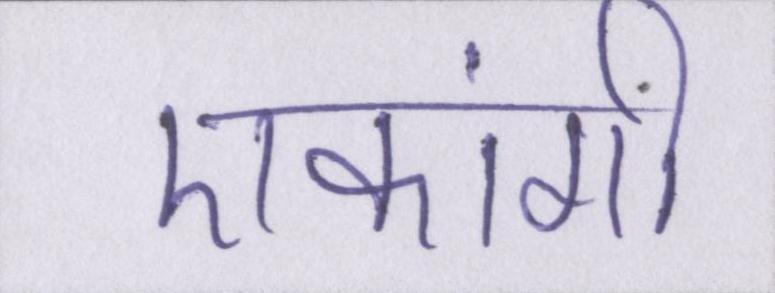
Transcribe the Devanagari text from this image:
एकांगी